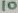
Text: 10